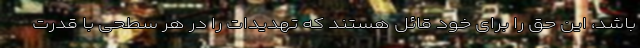
باشد، این حق را برای خود قائل هستند که تهدیدات را در هر سطحی با قدرت